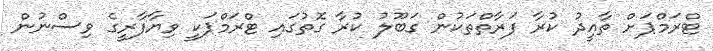
ޓްރަމްޕަށް ތާއީދު ކުރާ ފަރާތްތަކުން ގަބޫލު ކުރާ ގޮތުގައި ޓްރަމްޕަކީ ވިޔާފާރީގެ ވިސްނުން